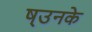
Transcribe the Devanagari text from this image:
ष्उनके